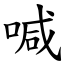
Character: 喊